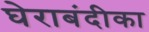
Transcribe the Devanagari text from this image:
घेराबंदीका